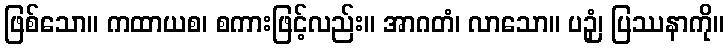
ဖြစ်သော။ ကထာယစ၊ စကားဖြင့်လည်း။ အာဂတံ၊ လာသော။ ပဉှံ၊ ပြဿနာကို။